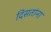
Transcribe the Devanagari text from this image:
दिसतांना